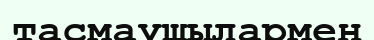
тасмаушылармен